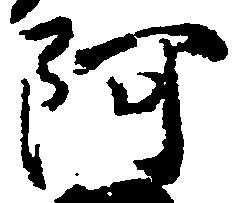
阿